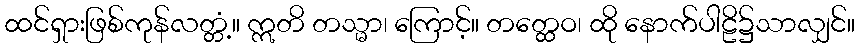
ထင်ရှားဖြစ်ကုန်လတ္တံ့။ ဣတိ တသ္မာ၊ ကြောင့်။ တတ္ထေဝ၊ ထို နောက်ပါဠိ၌သာလျှင်။